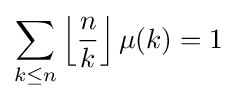
\sum _{k\leq n}\left\lfloor {\frac {n}{k}}\right\rfloor \mu (k)=1